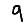
Digit: 9